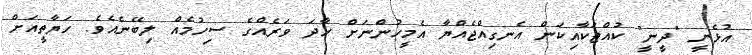
އުޅެނީ "ދީނީ" ކުއްޖަކާއިކަން އެނގިއްޖެއްޔާ އެމީހުންނަށް ހާދަ ވަރެއްގެ ސިހުމެއް ލިބޭނެއެވެ. ހަޔާތީއަށް